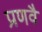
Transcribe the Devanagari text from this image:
प्रणवै